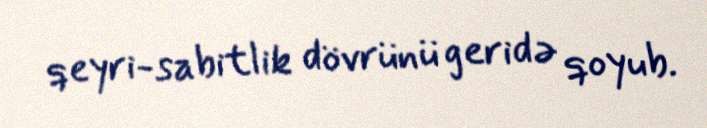
qeyri-sabitlik dövrünü geridə qoyub.